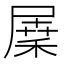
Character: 𡲷